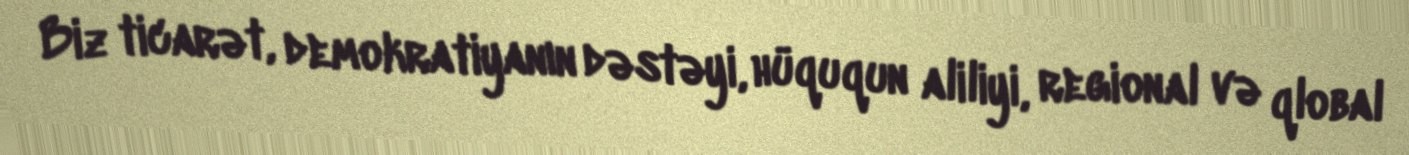
Biz ticarət, demokratiyanın dəstəyi, hüququn aliliyi, regional və qlobal